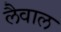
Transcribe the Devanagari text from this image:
लैवाल